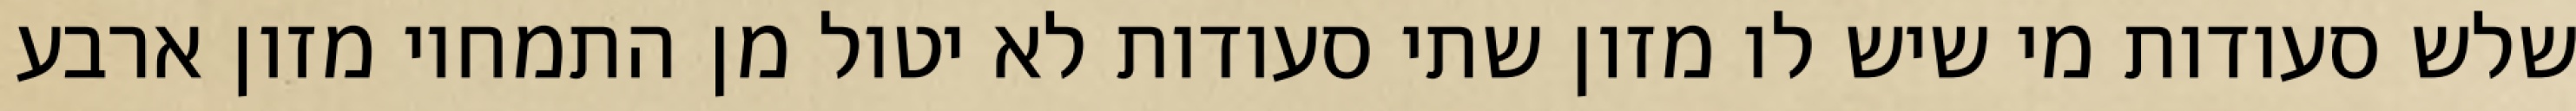
שלש סעודות מי שיש לו מזון שתי סעודות לא יטול מן התמחוי מזון ארבע